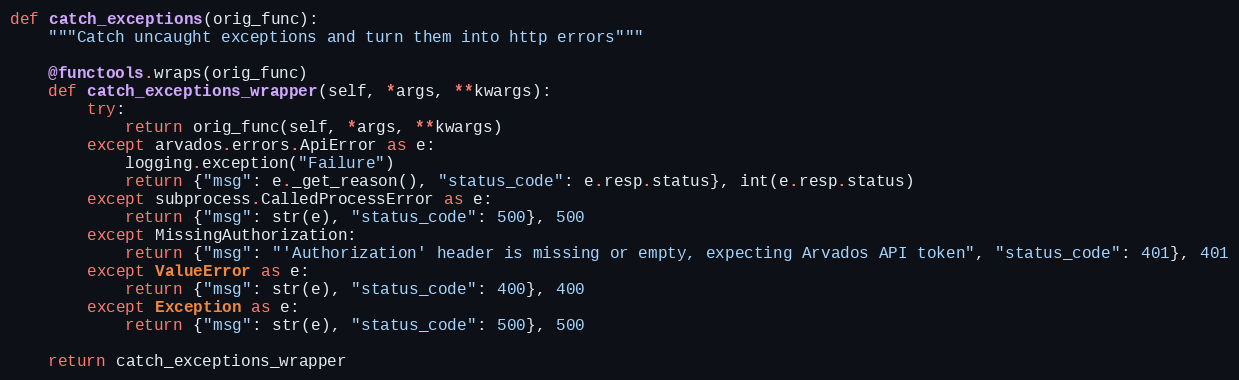
Language: Python
def catch_exceptions(orig_func):
    """Catch uncaught exceptions and turn them into http errors"""

    @functools.wraps(orig_func)
    def catch_exceptions_wrapper(self, *args, **kwargs):
        try:
            return orig_func(self, *args, **kwargs)
        except arvados.errors.ApiError as e:
            logging.exception("Failure")
            return {"msg": e._get_reason(), "status_code": e.resp.status}, int(e.resp.status)
        except subprocess.CalledProcessError as e:
            return {"msg": str(e), "status_code": 500}, 500
        except MissingAuthorization:
            return {"msg": "'Authorization' header is missing or empty, expecting Arvados API token", "status_code": 401}, 401
        except ValueError as e:
            return {"msg": str(e), "status_code": 400}, 400
        except Exception as e:
            return {"msg": str(e), "status_code": 500}, 500

    return catch_exceptions_wrapper